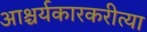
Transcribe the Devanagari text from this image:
आश्चर्यकारकरीत्या